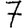
Digit: 7